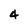
Character: 4